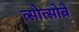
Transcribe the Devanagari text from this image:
त्सोत्सोबे